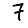
Digit: 7